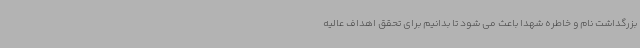
بزرگداشت نام و خاطره شهدا باعث می شود تا بدانیم برای تحقق اهداف عالیه